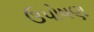
ઉપોષણ